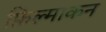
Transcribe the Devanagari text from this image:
फ़िल्माकन